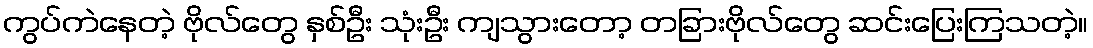
ကွပ်ကဲနေတဲ့ ဗိုလ်တွေ နှစ်ဦး သုံးဦး ကျသွားတော့ တခြားဗိုလ်တွေ ဆင်းပြေးကြသတဲ့။